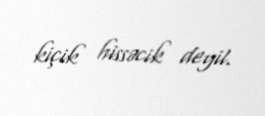
kiçik hissəcik deyil.